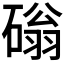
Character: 𥕀